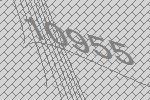
10955